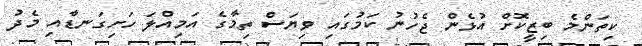
ކިތަންމެ ބިޒީކޮށް އުޅެން ޖެހުނު ކަމުގައި ވިޔަސް ތިމާގެ އަމިއްލަ ހަށިގަނޑާއި މެދު